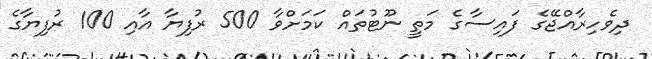
ދިވެހިރާއްޖޭގެ ފައިސާގެ މަތީ ނޫޓުތައް ކަމަށްވާ 500 ރުފިޔާ އާއި 100 ރުފިޔާގެ